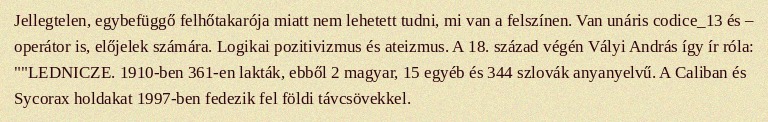
Jellegtelen, egybefüggő felhőtakarója miatt nem lehetett tudni, mi van a felszínen. Van unáris codice_13 és – operátor is, előjelek számára. Logikai pozitivizmus és ateizmus. A 18. század végén Vályi András így ír róla: ""LEDNICZE. 1910-ben 361-en lakták, ebből 2 magyar, 15 egyéb és 344 szlovák anyanyelvű. A Caliban és Sycorax holdakat 1997-ben fedezik fel földi távcsövekkel.